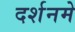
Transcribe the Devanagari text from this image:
दर्शनमे